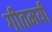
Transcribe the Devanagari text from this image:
गीतमयी